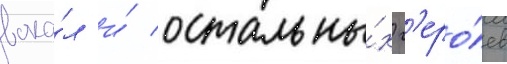
вока́л и́ остальны́х г'еро́ев